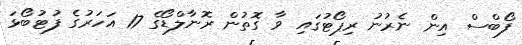
ފޯބްސް އިން ނެރުނު ރިޕޯޓުގައި ވާ ގޮތުން ރޮނާލްޑޯގެ 17 އަހަރުގެ ފުޓުބޯޅަ